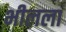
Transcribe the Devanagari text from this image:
भीलला